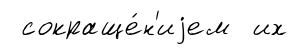
сокраще́н'иjем их